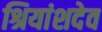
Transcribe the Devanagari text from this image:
श्रियांशदेव